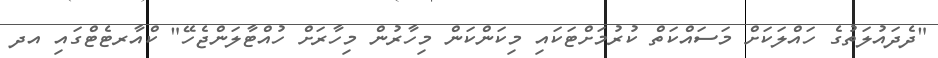
"ދެދައުލަތުގެ ހައްލަކަށް މަސައްކަތް ކުރުމަށްޓަކައި މިކަންކަން މިހާރުން މިހާރަށް ހުއްޓާލަންޖެހޭ" ކްއާރޓެޓްގައި އދ